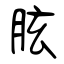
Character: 胘